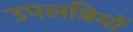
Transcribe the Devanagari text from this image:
उपलबियों